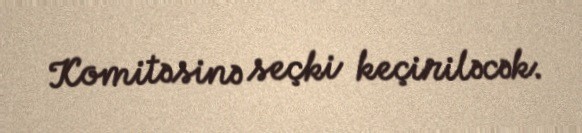
Komitəsinə seçki keçiriləcək.